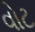
વોટ